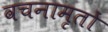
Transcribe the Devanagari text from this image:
वचनामृतों